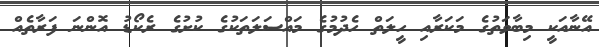
އޭނާއަކީ މިބާވަތުގެ މަކަރާއި ހީލަތް ހެދުމުގެ މައްސަލަތަކުގެ ކުށުގެ ރެކޯޑު އޮންނަ ފަރާތެއް